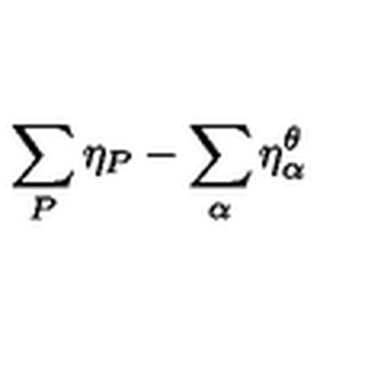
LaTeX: \sum _ { P } \eta _ { P } - \sum _ { \alpha } \eta _ { \alpha } ^ { \theta }